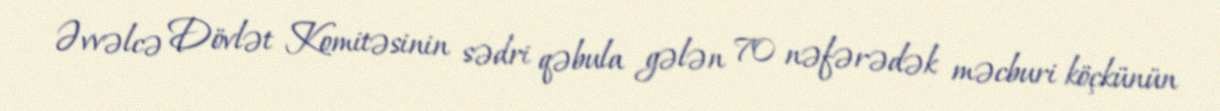
Əvvəlcə Dövlət Komitəsinin sədri qəbula gələn 70 nəfərədək məcburi köçkünün